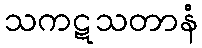
သကဋသတာနံ